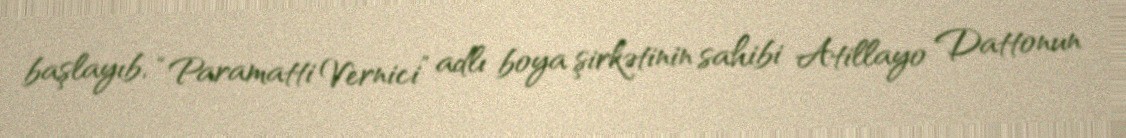
başlayıb, “Paramatti Vernici” adlı boya şirkətinin sahibi Atillayo Dattonun